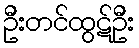
ဦးတင်ထွဋ်ဦး